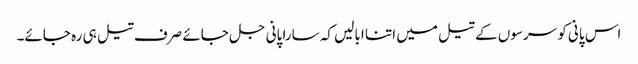
اس پانی کو سرسوں کے تیل میں اتنا ابالیں کہ سارا پانی جل جائے صرف تیل ہی رہ جائے۔